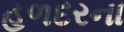
હળદરના